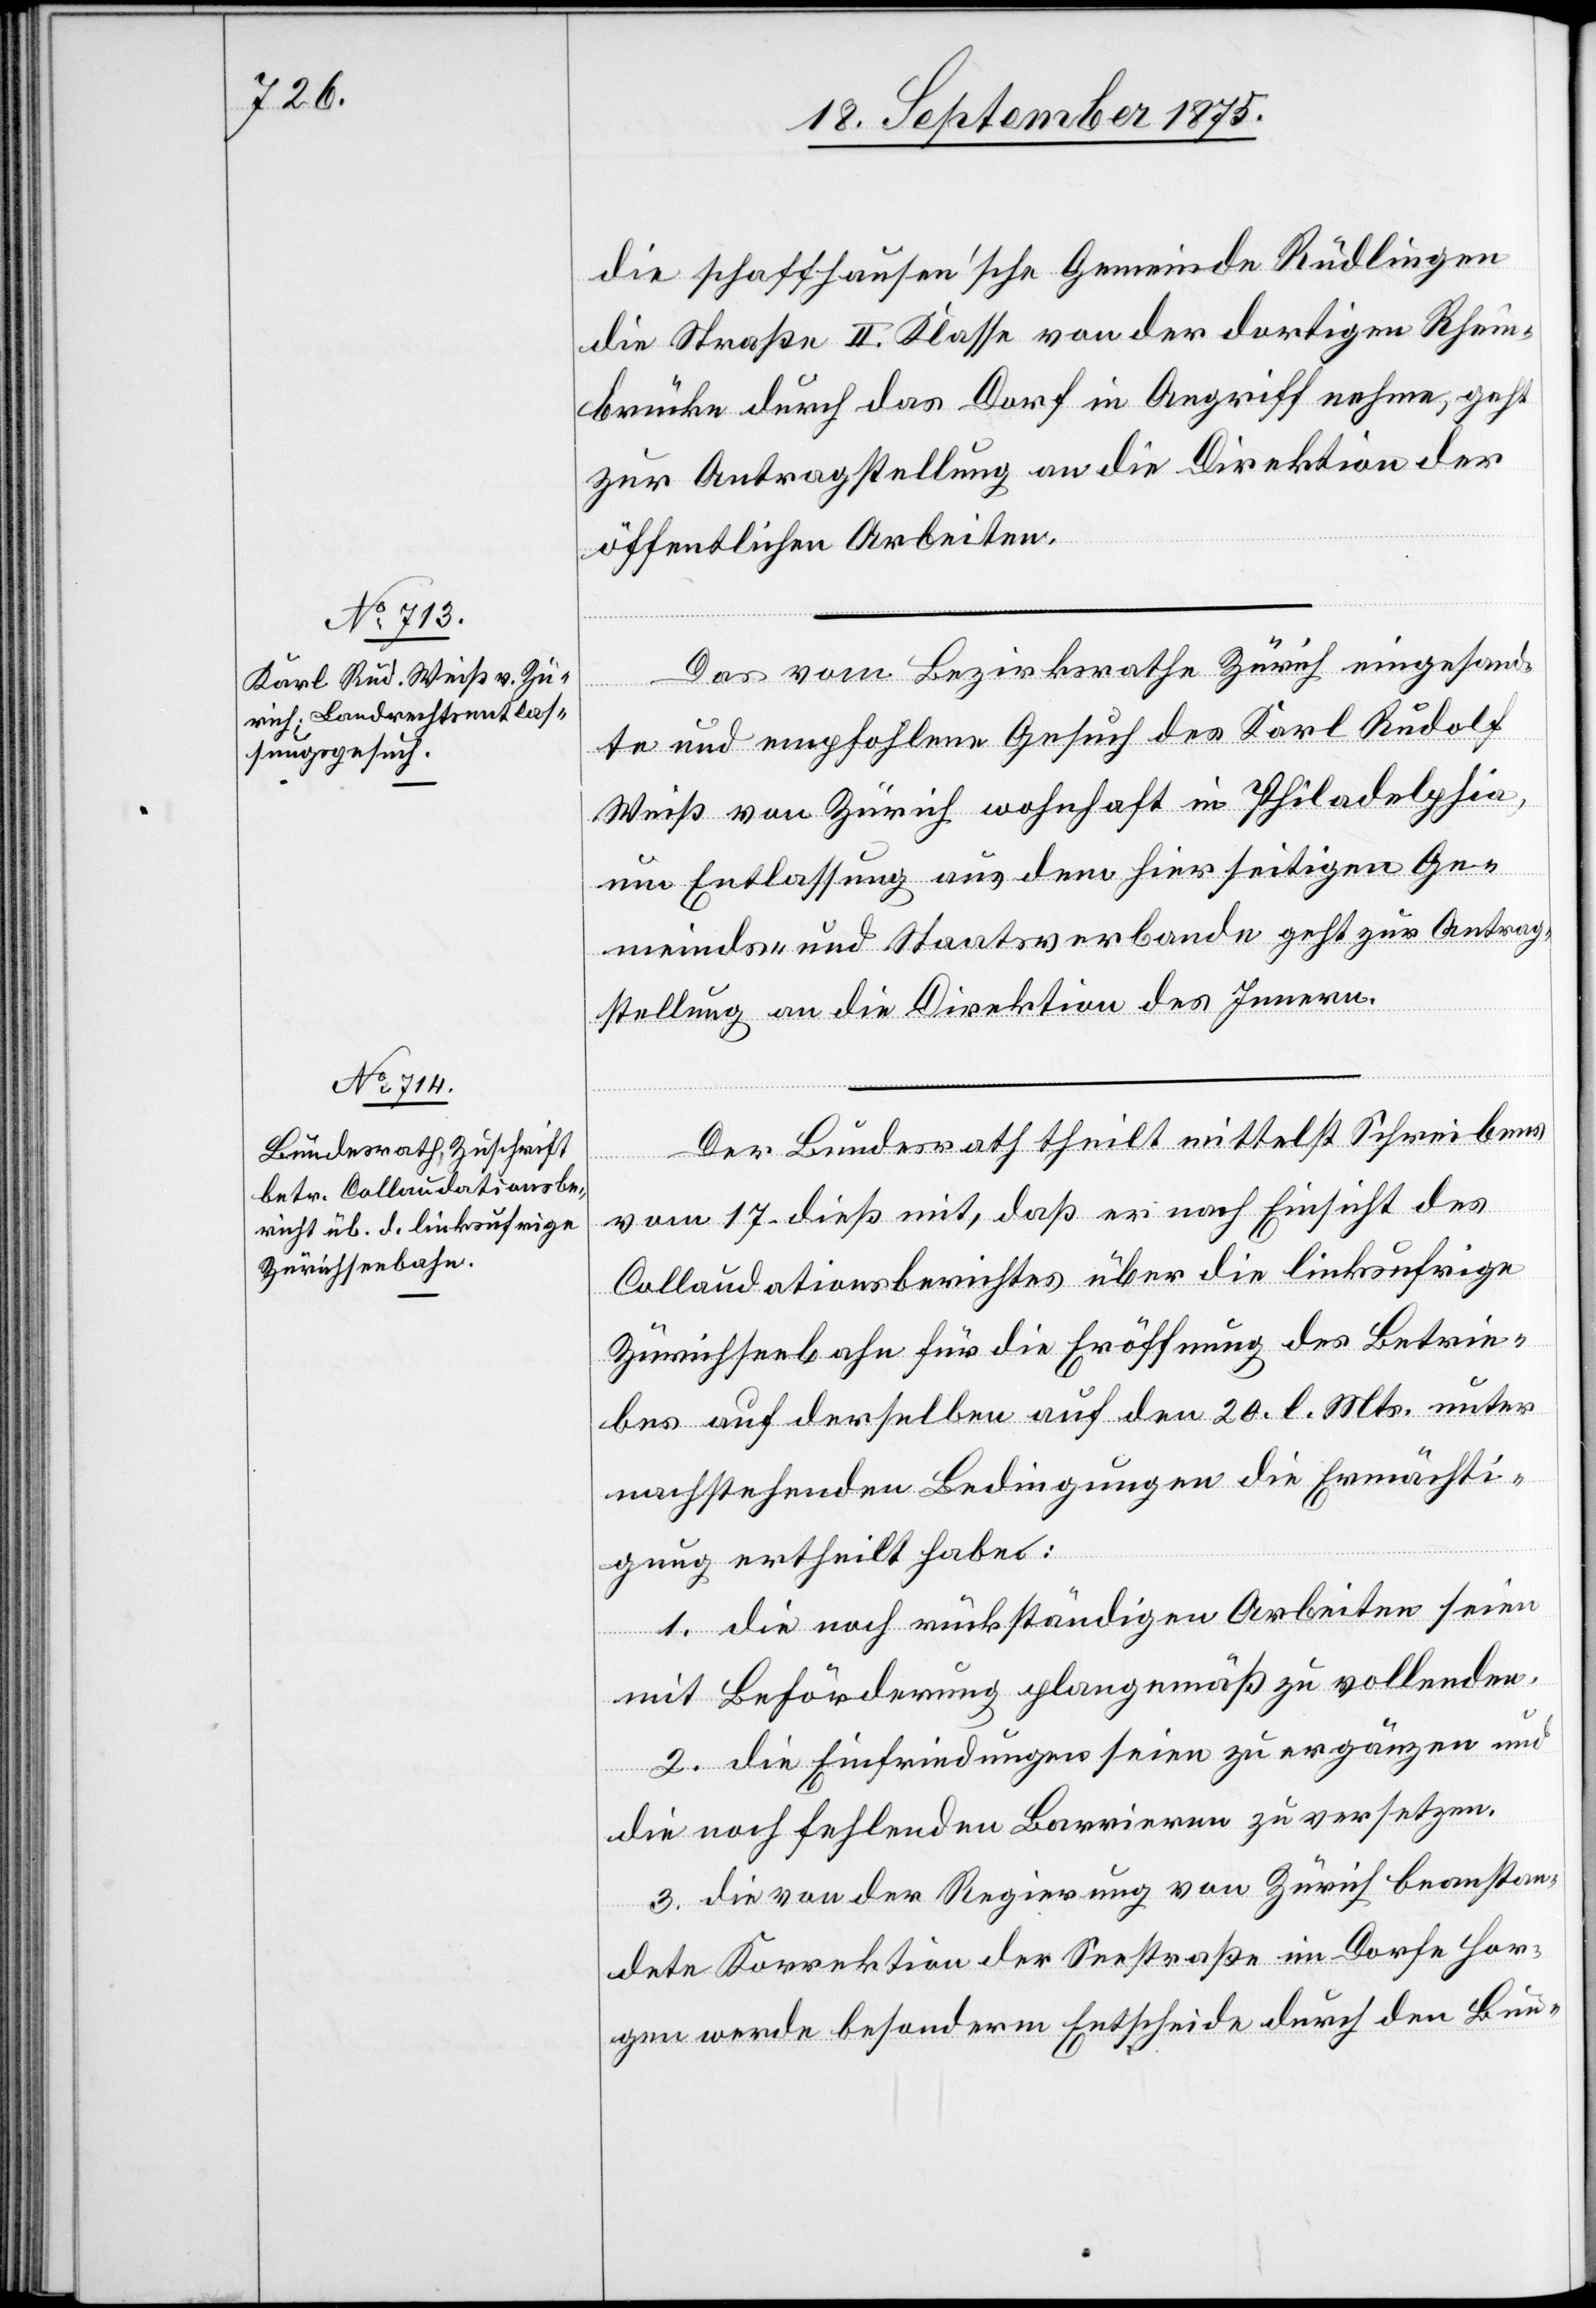
21. September 1875.]
die schaffhausen’sche Gemeinde Rüdlingen
die Straße II. Klasse von der dortigen Rhein¬
brücke durch das Dorf in Angriff nehme, geht
zur Antragstellung an die Direktion der
öffentlichen Arbeiten.
Das vom Bezirksrathe Zürich eingesand¬
erfügungen.
te und empfohlene Gesuch des Karl Rudolf
Weiß von Zürich wohnhaft in Philadelphia,
um Entlassung aus dem hierseitigen Ge¬
meinds- und Staatsverbande geht zur Antrag¬
stellung an die Direktion des Innern.
Der Bundesrath theilt mittelst Schreibens
idial-V¬
vom 17. dieß mit, daß er nach Einsicht des
Collaudationsberichtes über die linksufrige
Zürichseebahn für die Eröffnung des Betrie¬
bes auf derselben auf den 20. l. Mts. unter
nachstehenden Bedingungen die Ermächti¬
gung ertheilt habe:
1. die noch rückständigen Arbeiten seien
mit Beförderung plangemäß zu vollenden.
2. die Einfriedungen seien zu ergänzen und
die noch fehlenden Barrieren zu versetzen.
3. die von der Regierung von Zürich beanstan¬
dete Korrektion der Seestraße im Dorfe Hor¬
gen werde besonderm Entscheide durch den Bun-